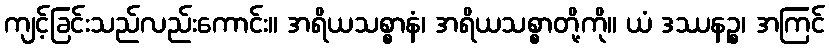
ကျင့်ခြင်းသည်လည်းကောင်း။ အရိယသစ္စာနံ၊ အရိယသစ္စာတို့ကို။ ယံ ဒဿနဉ္စ၊ အကြင်